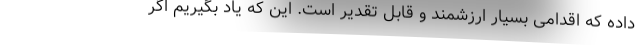
داده که اقدامی بسیار ارزشمند و قابل تقدیر است. این که یاد بگیریم اگر